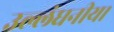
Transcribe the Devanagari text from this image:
उल्लंघनीय।